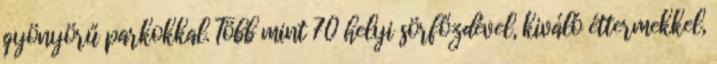
gyönyörű parkokkal. Több mint 70 helyi sörfőzdével, kiváló éttermekkel,